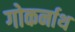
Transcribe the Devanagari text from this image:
गोकर्नाथ